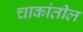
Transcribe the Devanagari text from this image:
चाकांतील